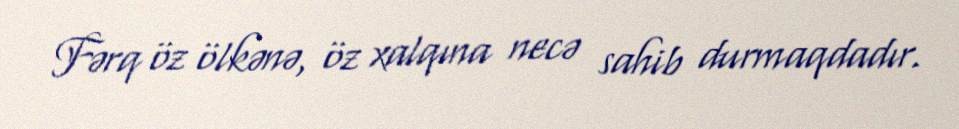
Fərq öz ölkənə, öz xalqına necə sahib durmaqdadır.